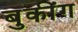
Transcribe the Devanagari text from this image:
बुकींग